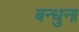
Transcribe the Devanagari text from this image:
बन्धुना